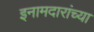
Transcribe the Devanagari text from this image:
इनामदारांच्या